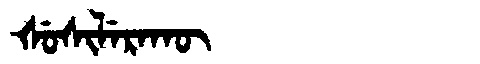
Manchu: ᡧᡠᠰᡳᠯᡝᡵᠠᡴᡡ
Romanization: ŠUSILERAKŪ